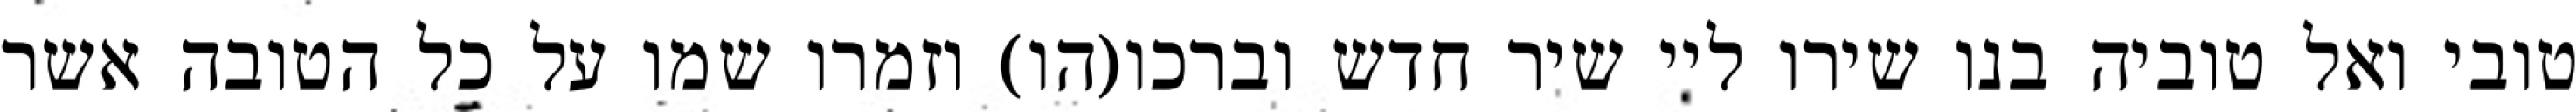
טובי ואל טוביה בנו שירו ליי שיר חדש וברכו(הו) וזמרו שמו על כל הטובה אשר